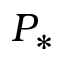
P _ { * }